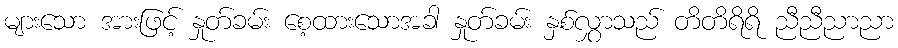
များသော အားဖြင့် နှုတ်ခမ်း စေ့ထားသောအခါ နှုတ်ခမ်း နှစ်လွှာသည် တိတိရိရိ ညီညီညာညာ